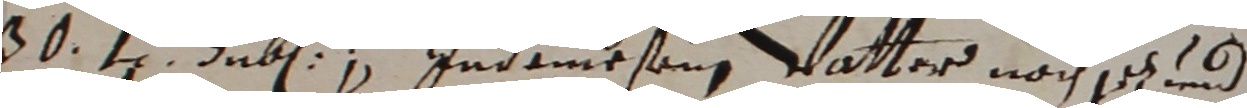
30. ta dub Indemesein vatter nach jich und